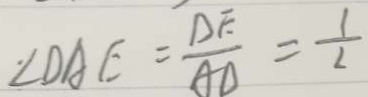
\angle D A E = \frac { D E } { A D } = \frac { 1 } { 2 }